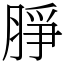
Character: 㬹